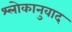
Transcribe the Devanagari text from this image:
श्‍लोकानुवाद